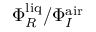
\Phi _ { R } ^ { \mathrm { l i q } } / \Phi _ { I } ^ { \mathrm { a i r } }